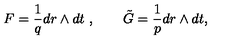
F = \frac { 1 } { q } d r \wedge d t \ , \qquad \tilde { G } = \frac { 1 } { p } d r \wedge d t ,